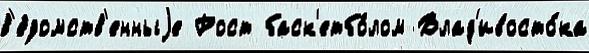
в'е́домств'енныjе Рост баск'етбо́лом Влад'ивосто́ка